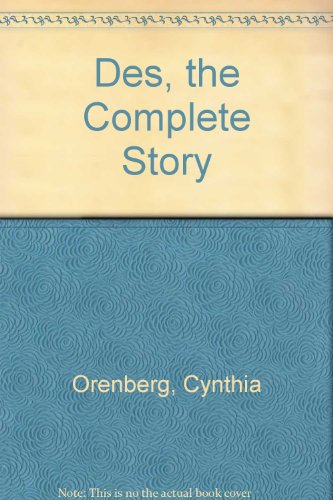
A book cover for Des, the Complete Story; Cynthia Orenberg; Medical Books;